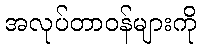
အလုပ်တာဝန်များကို